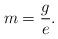
LaTeX: \begin{align*}m = \frac{g}{e}. \end{align*}